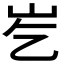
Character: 𪨣